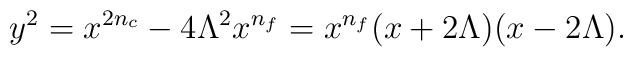
y^{2} = x^{2n_{c}}-4\Lambda^{2} x^{n_{f}}          = x^{n_{f}} (x+2\Lambda) (x-2\Lambda).